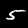
Label: 5